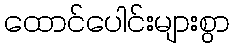
ထောင်ပေါင်းများစွာ